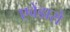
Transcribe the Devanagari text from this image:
एवेंडारो